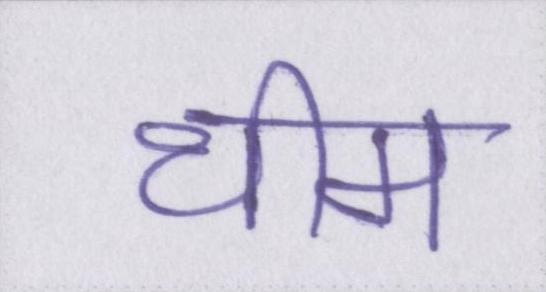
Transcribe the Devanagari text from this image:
थीम